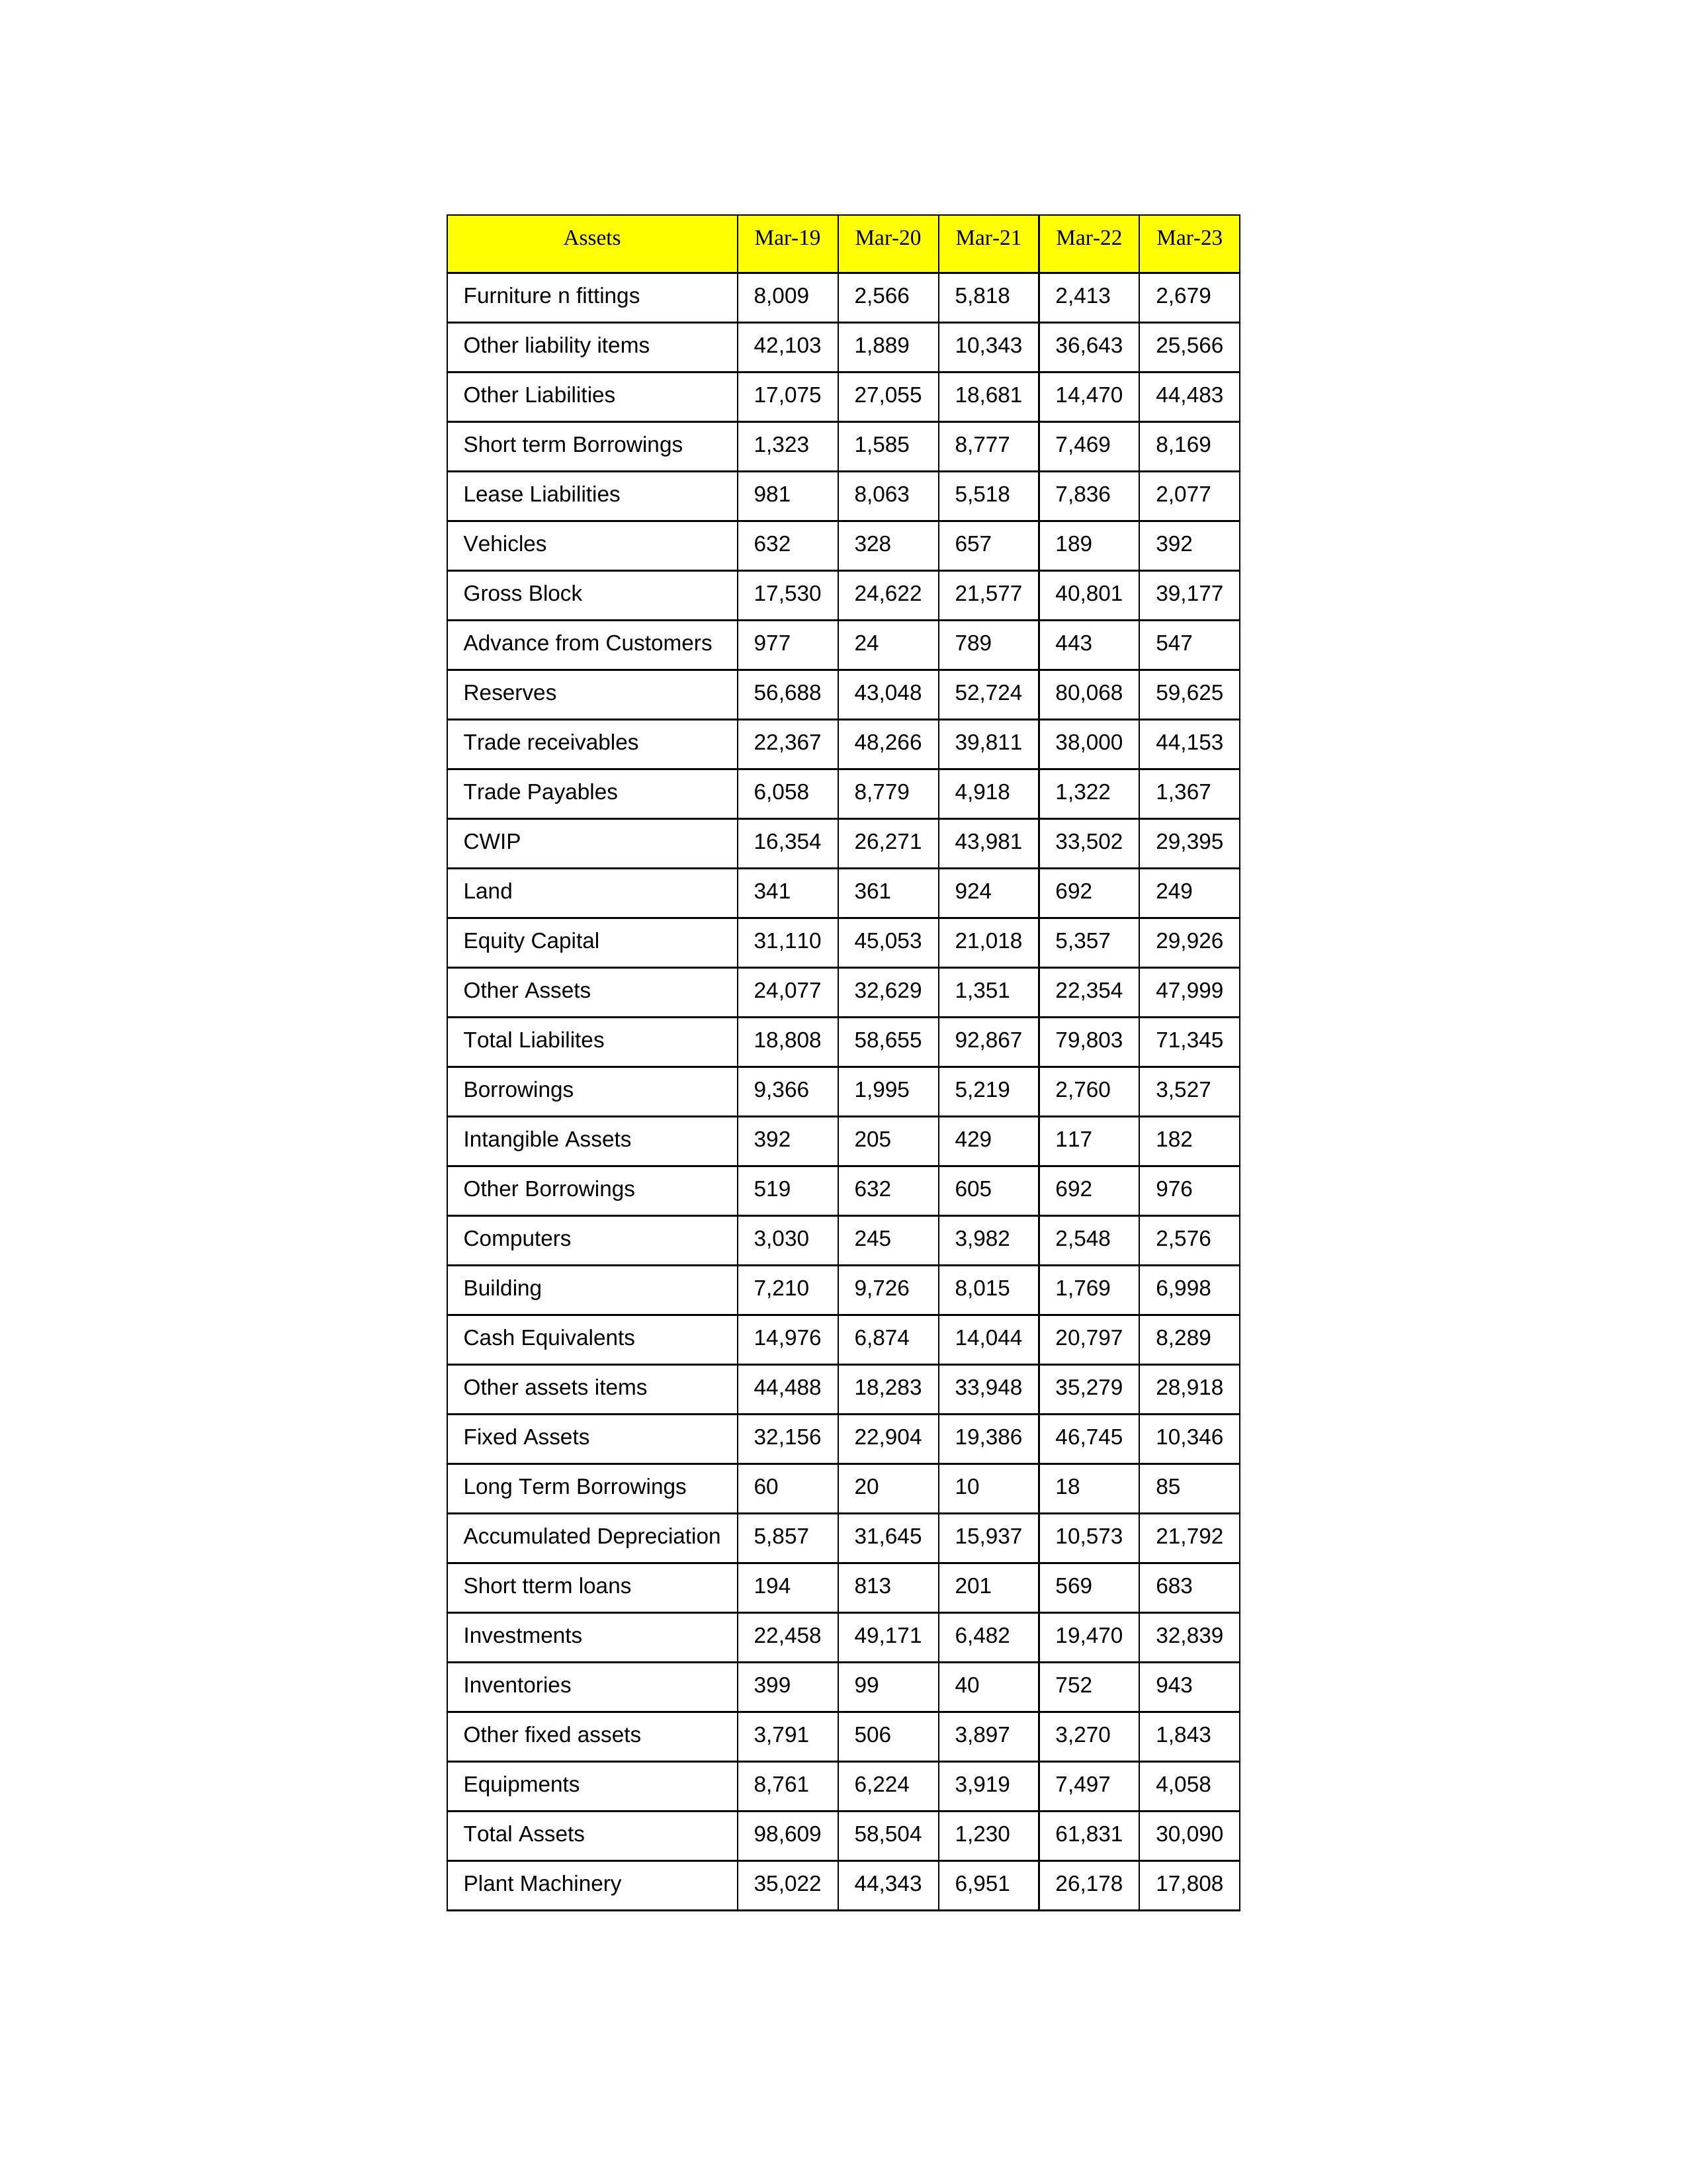
gt_parse: Mar-19: Equity Capital: 31,110
Reserves: 56,688
Borrowings: 9,366
Long Term Borrowings: 60
Short term Borrowings: 1,323
Lease Liabilities: 981
Other Borrowings: 519
Other Liabilities: 17,075
Trade Payables: 6,058
Advance from Customers: 977
Other liability items: 42,103
Total Liabilites: 18,808
Fixed Assets: 32,156
Land: 341
Building: 7,210
Plant Machinery: 35,022
Equipments: 8,761
Computers: 3,030
Furniture n fittings: 8,009
Vehicles: 632
Intangible Assets: 392
Other fixed assets: 3,791
Gross Block: 17,530
Accumulated Depreciation: 5,857
CWIP: 16,354
Investments: 22,458
Other Assets: 24,077
Inventories: 399
Trade receivables: 22,367
Cash Equivalents: 14,976
Short tterm loans: 194
Other assets items: 44,488
Total Assets: 98,609
Mar-20: Equity Capital: 45,053
Reserves: 43,048
Borrowings: 1,995
Long Term Borrowings: 20
Short term Borrowings: 1,585
Lease Liabilities: 8,063
Other Borrowings: 632
Other Liabilities: 27,055
Trade Payables: 8,779
Advance from Customers: 24
Other liability items: 1,889
Total Liabilites: 58,655
Fixed Assets: 22,904
Land: 361
Building: 9,726
Plant Machinery: 44,343
Equipments: 6,224
Computers: 245
Furniture n fittings: 2,566
Vehicles: 328
Intangible Assets: 205
Other fixed assets: 506
Gross Block: 24,622
Accumulated Depreciation: 31,645
CWIP: 26,271
Investments: 49,171
Other Assets: 32,629
Inventories: 99
Trade receivables: 48,266
Cash Equivalents: 6,874
Short tterm loans: 813
Other assets items: 18,283
Total Assets: 58,504
Mar-21: Equity Capital: 21,018
Reserves: 52,724
Borrowings: 5,219
Long Term Borrowings: 10
Short term Borrowings: 8,777
Lease Liabilities: 5,518
Other Borrowings: 605
Other Liabilities: 18,681
Trade Payables: 4,918
Advance from Customers: 789
Other liability items: 10,343
Total Liabilites: 92,867
Fixed Assets: 19,386
Land: 924
Building: 8,015
Plant Machinery: 6,951
Equipments: 3,919
Computers: 3,982
Furniture n fittings: 5,818
Vehicles: 657
Intangible Assets: 429
Other fixed assets: 3,897
Gross Block: 21,577
Accumulated Depreciation: 15,937
CWIP: 43,981
Investments: 6,482
Other Assets: 1,351
Inventories: 40
Trade receivables: 39,811
Cash Equivalents: 14,044
Short tterm loans: 201
Other assets items: 33,948
Total Assets: 1,230
Mar-22: Equity Capital: 5,357
Reserves: 80,068
Borrowings: 2,760
Long Term Borrowings: 18
Short term Borrowings: 7,469
Lease Liabilities: 7,836
Other Borrowings: 692
Other Liabilities: 14,470
Trade Payables: 1,322
Advance from Customers: 443
Other liability items: 36,643
Total Liabilites: 79,803
Fixed Assets: 46,745
Land: 692
Building: 1,769
Plant Machinery: 26,178
Equipments: 7,497
Computers: 2,548
Furniture n fittings: 2,413
Vehicles: 189
Intangible Assets: 117
Other fixed assets: 3,270
Gross Block: 40,801
Accumulated Depreciation: 10,573
CWIP: 33,502
Investments: 19,470
Other Assets: 22,354
Inventories: 752
Trade receivables: 38,000
Cash Equivalents: 20,797
Short tterm loans: 569
Other assets items: 35,279
Total Assets: 61,831
Mar-23: Equity Capital: 29,926
Reserves: 59,625
Borrowings: 3,527
Long Term Borrowings: 85
Short term Borrowings: 8,169
Lease Liabilities: 2,077
Other Borrowings: 976
Other Liabilities: 44,483
Trade Payables: 1,367
Advance from Customers: 547
Other liability items: 25,566
Total Liabilites: 71,345
Fixed Assets: 10,346
Land: 249
Building: 6,998
Plant Machinery: 17,808
Equipments: 4,058
Computers: 2,576
Furniture n fittings: 2,679
Vehicles: 392
Intangible Assets: 182
Other fixed assets: 1,843
Gross Block: 39,177
Accumulated Depreciation: 21,792
CWIP: 29,395
Investments: 32,839
Other Assets: 47,999
Inventories: 943
Trade receivables: 44,153
Cash Equivalents: 8,289
Short tterm loans: 683
Other assets items: 28,918
Total Assets: 30,090